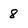
Character: 8